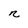
Character: n